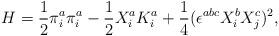
LaTeX: \begin{align*}H=\frac{1}{2}\pi^a_i\pi^a_i-\frac{1}{2}X^a_iK^a_i+\frac{1}{4}(\epsilon^{abc}X^b_i X^c_j)^2,\end{align*}